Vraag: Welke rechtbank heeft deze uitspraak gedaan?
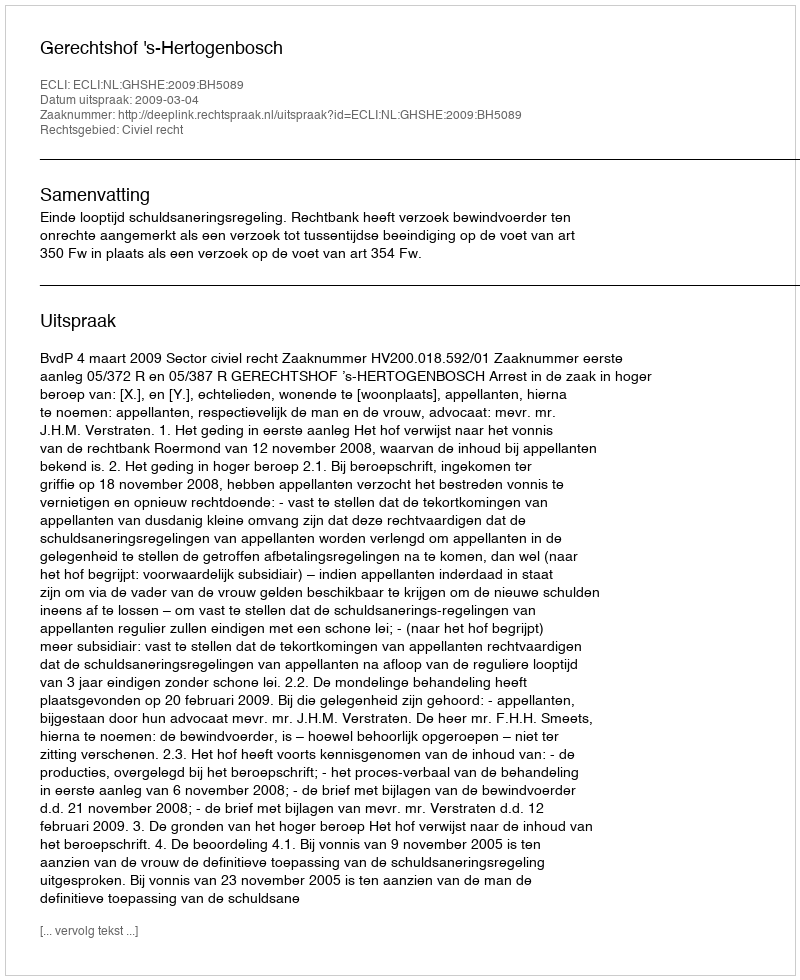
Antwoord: Gerechtshof 's-Hertogenbosch